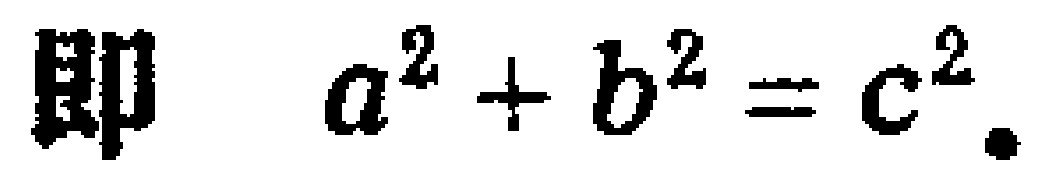
即 \(a^{2}+b^{2}=c^{2}\).